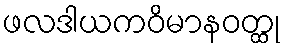
ဖလဒါယကဝိမာနဝတ္ထု